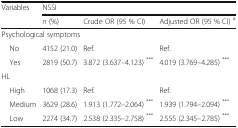
<table><thead><tr><td rowspan="2"><b>Variables</b></td><td colspan="3"><b>NSSI</b></td></tr><tr><td><b><i>n</i> (%)</b></td><td><b>Crude OR (95 % CI)</b></td><td><b>Adjusted OR (95 % CI) <sup>a</sup></b></td></tr></thead><tbody><tr><td colspan="4">Psychological symptoms</td></tr><tr><td> No</td><td>4152 (21.0)</td><td>Ref.</td><td>Ref.</td></tr><tr><td> Yes</td><td>2819 (50.7)</td><td>3.872 (3.637–4.123) <sup>***</sup></td><td>4.019 (3.769–4.285) <sup>***</sup></td></tr><tr><td colspan="4">HL</td></tr><tr><td> High</td><td>1068 (17.3)</td><td>Ref.</td><td>Ref.</td></tr><tr><td> Medium</td><td>3629 (28.6)</td><td>1.913 (1.772–2.064) <sup>***</sup></td><td>1.939 (1.794–2.094) <sup>***</sup></td></tr><tr><td> Low</td><td>2274 (34.7)</td><td>2.538 (2.335–2.758) <sup>***</sup></td><td>2.555 (2.345–2.785) <sup>***</sup></td></tr></tbody></table>